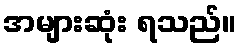
အများဆုံး ရသည်။